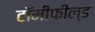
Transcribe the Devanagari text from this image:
टॉमीफील्ड